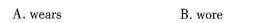
A.wears B.wore